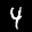
Label: 4